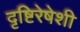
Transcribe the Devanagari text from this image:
दृष्टिरेषेशी